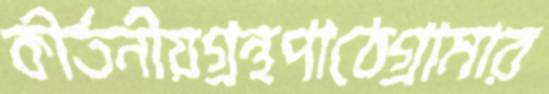
কীর্তনীয়গ্রন্থপাঠেগ্রামার